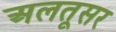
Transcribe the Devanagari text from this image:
अलतूसर